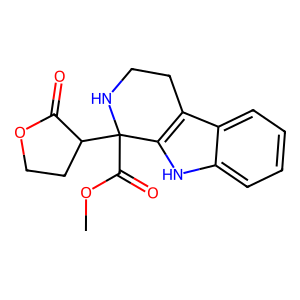
SMILES: COC(=O)C1(C2CCOC2=O)NCCc2c1[nH]c1ccccc21
Inhibits HIV replication: No